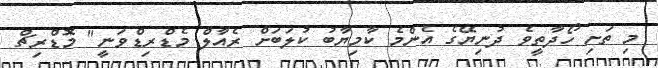
މި ތަށި ހޯދާތީވެ ދުނިޔޭގެ އެންމެ ކާމިޔާބު ކުލަބަށް ރެއާލް މެޑްރިޑްވަނީ" މޮޑްރިޗް